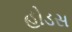
હોડસ